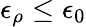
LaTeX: \epsilon_{\rho}\leq\epsilon_{0}